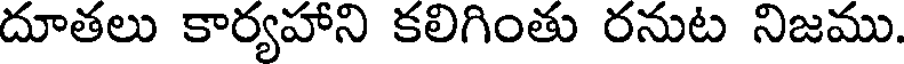
దూతలు కార్యహాని కలిగింతు రనుట నిజము.